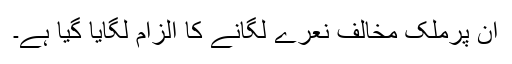
ان پرملک مخالف نعرے لگانے کا الزام لگایا گیا ہے۔